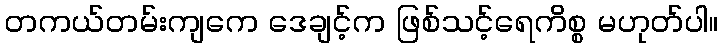
တကယ်တမ်းကျကေ ဒေချင့်က ဖြစ်သင့်ရေကိစ္စ မဟုတ်ပါ။